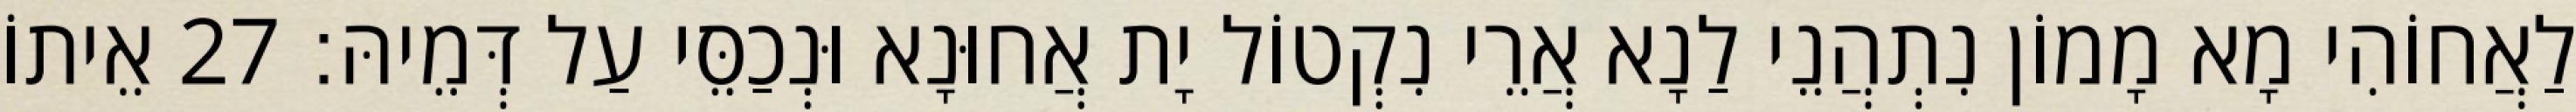
לַאֲחוֹהִי מָא מָמוֹן נִתְהֲנֵי לַנָא אֲרֵי נִקְטוֹל יָת אֲחוּנָא וּנְכַסֵּי עַל דְּמֵיהּ׃ 27 אֵיתוֹ